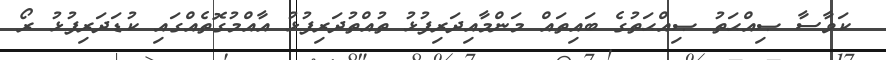
ކަވާސާ ޞިއްޙަތު ޞިއްޙަތުގެ ބައިތައް މަންމާއިދަރިފުޅު ތުއްތުދަރިފުޅު އާއްމުގޮތެއްގައި ކުޑަދަރިފުޅު ރޯ